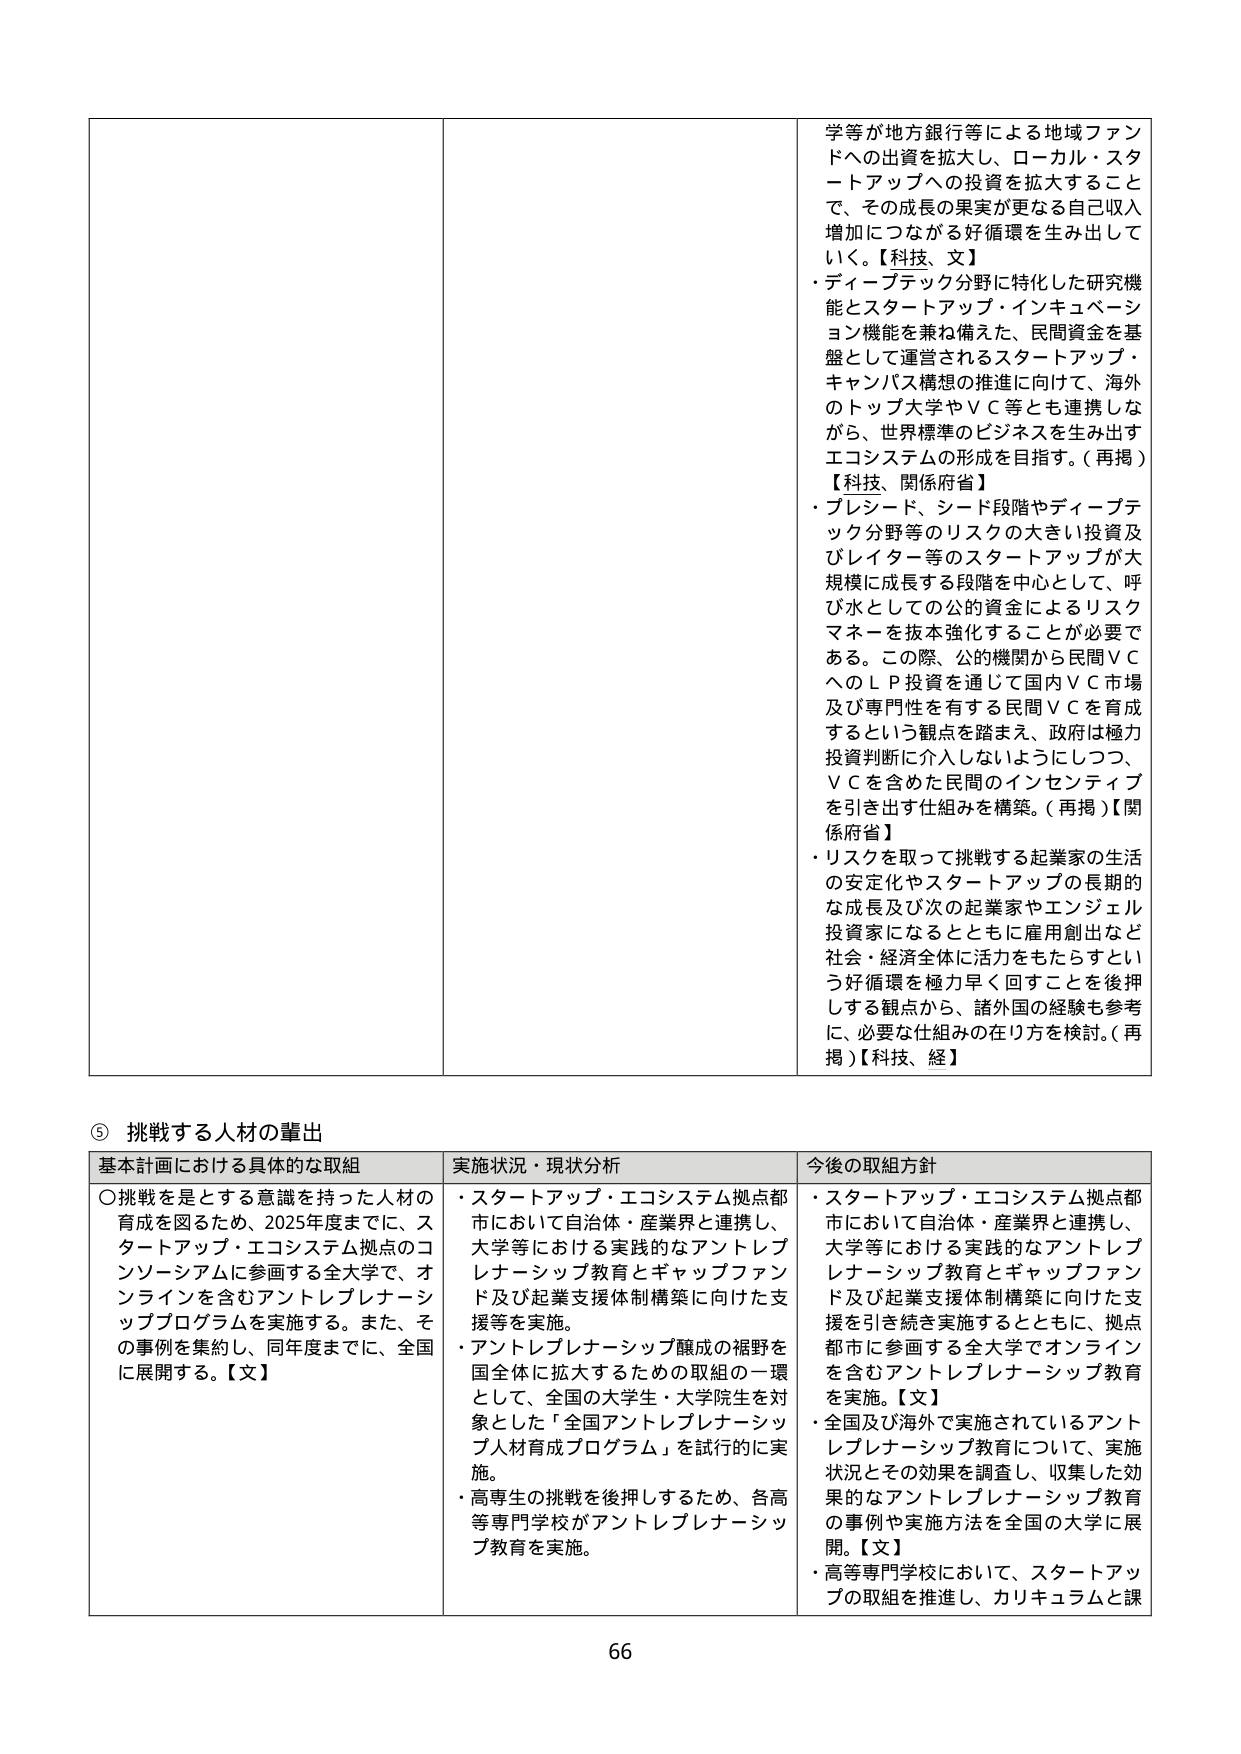
学等が地方銀行等による地域ファンドへの出資を拡大し、ローカル・スタートアップへの投資を拡大することで、その成長の果実が更なる自己収入増加につながる好循環を生み出していく。【科技、文】
・ディープテック分野に特化した研究機能とスタートアップ・インキュベーション機能を兼ね備えた、民間資金を基盤として運営されるスタートアップ・キャンパス構想の推進に向けて、海外のトップ大学やＶＣ等とも連携しながら、世界標準のビジネスを生み出すエコシステムの形成を目指す。（再掲）
【科技、関係府省】
・プレシード、シード段階やディープテック分野等のリスクの大きい投資及びレイター等のスタートアップが大規模に成長する段階を中心として、呼び水としての公的資金によるリスクマネーを抜本強化することが必要である。この際、公的機関から民間ＶＣへのＬＰ投資を通じて国内ＶＣ市場及び専門性を有する民間ＶＣを育成するという観点を踏まえ、政府は極力投資判断に介入しないようにしつつ、ＶＣを含めた民間のインセンティブを引き出す仕組みを構築。（再掲）【関係府省】
・リスクを取って挑戦する起業家の生活の安定化やスタートアップの長期的な成長及び次の起業家やエンジェル投資家になるとともに雇用創出など社会・経済全体に活力をもたらすという好循環を極力早く回すことを後押しする観点から、諸外国の経験も参考に、必要な仕組みの在り方を検討。（再掲）【科技、経】

⑤ 挑戦する人材の輩出

基本計画における具体的な取組
〇挑戦を是とする意識を持った人材の育成を図るため、2025年度までに、スタートアップ・エコシステム拠点のコンソーシアムに参画する全大学で、オンラインを含むアントレプレナーシッププログラムを実施する。また、その事例を集約し、同年度までに、全国に展開する。【文】

実施状況・現状分析
・スタートアップ・エコシステム拠点都市において自治体・産業界と連携し、大学等における実践的なアントレプレナーシップ教育とギャップファンド及び起業支援体制構築に向けた支援等を実施。
・アントレプレナーシップ醸成の裾野を国全体に拡大するための取組の一環として、全国の大学生・大学院生を対象とした「全国アントレプレナーシップ人材育成プログラム」を試行的に実施。
・高専生の挑戦を後押しするため、各高等専門学校がアントレプレナーシップ教育を実施。

今後の取組方針
・スタートアップ・エコシステム拠点都市において自治体・産業界と連携し、大学等における実践的なアントレプレナーシップ教育とギャップファンド及び起業支援体制構築に向けた支援を引き続き実施するとともに、拠点都市に参画する全大学でオンラインを含むアントレプレナーシップ教育を実施。【文】
・全国及び海外で実施されているアントレプレナーシップ教育について、実施状況とその効果を調査し、収集した効果的なアントレプレナーシップ教育の事例や実施方法を全国の大学に展開。【文】
・高等専門学校において、スタートアップの取組を推進し、カリキュラムと課

66